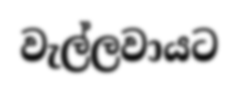
වැල්ලවායට